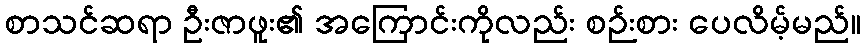
စာသင်ဆရာ ဦးဇာဖူး၏ အကြောင်းကိုလည်း စဉ်းစား ပေလိမ့်မည်။